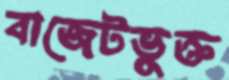
বাজেটভুক্ত